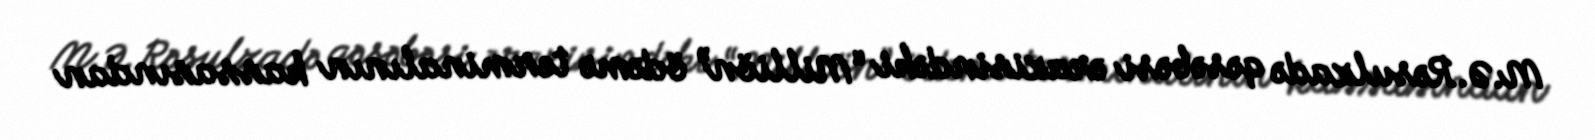
M.Ə.Rəsulzadə qəsəbəsi ərazisindəki “Milliön” ödəmə terminalının kassasından